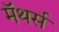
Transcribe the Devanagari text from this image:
मॅथर्स